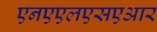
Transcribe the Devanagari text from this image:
एनएएलएसएआर